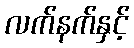
လက်နက်နှင့်